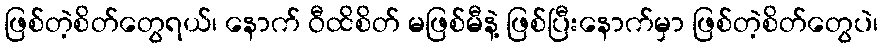
ဖြစ်တဲ့စိတ်တွေရယ်၊ နောက် ဝီထိစိတ် မဖြစ်မီနဲ့ ဖြစ်ပြီးနောက်မှာ ဖြစ်တဲ့စိတ်တွေပဲ၊